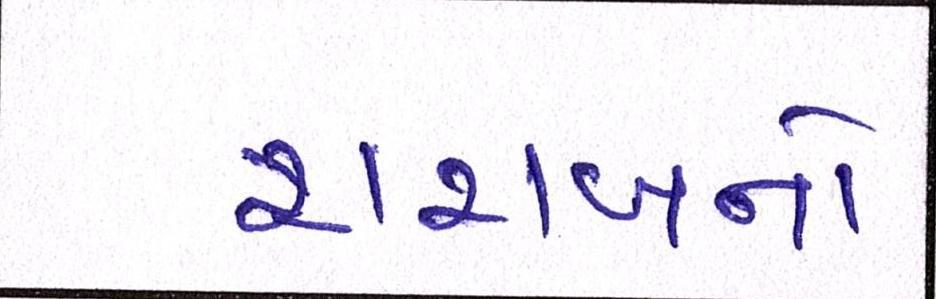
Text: શરાબનો